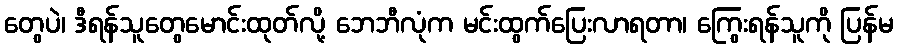
တွေပဲ၊ ဒီရန်သူတွေမောင်းထုတ်လို့ ဘေဘီလုံက မင်းထွက်ပြေးလာရတာ၊ ကြွေးရန်သူကို ပြန်မ